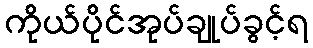
ကိုယ်ပိုင်အုပ်ချုပ်ခွင့်ရ